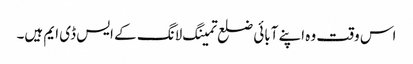
اس وقت وہ اپنے آبائی ضلع تمینگ لانگ کے ایس ڈی ایم ہیں۔